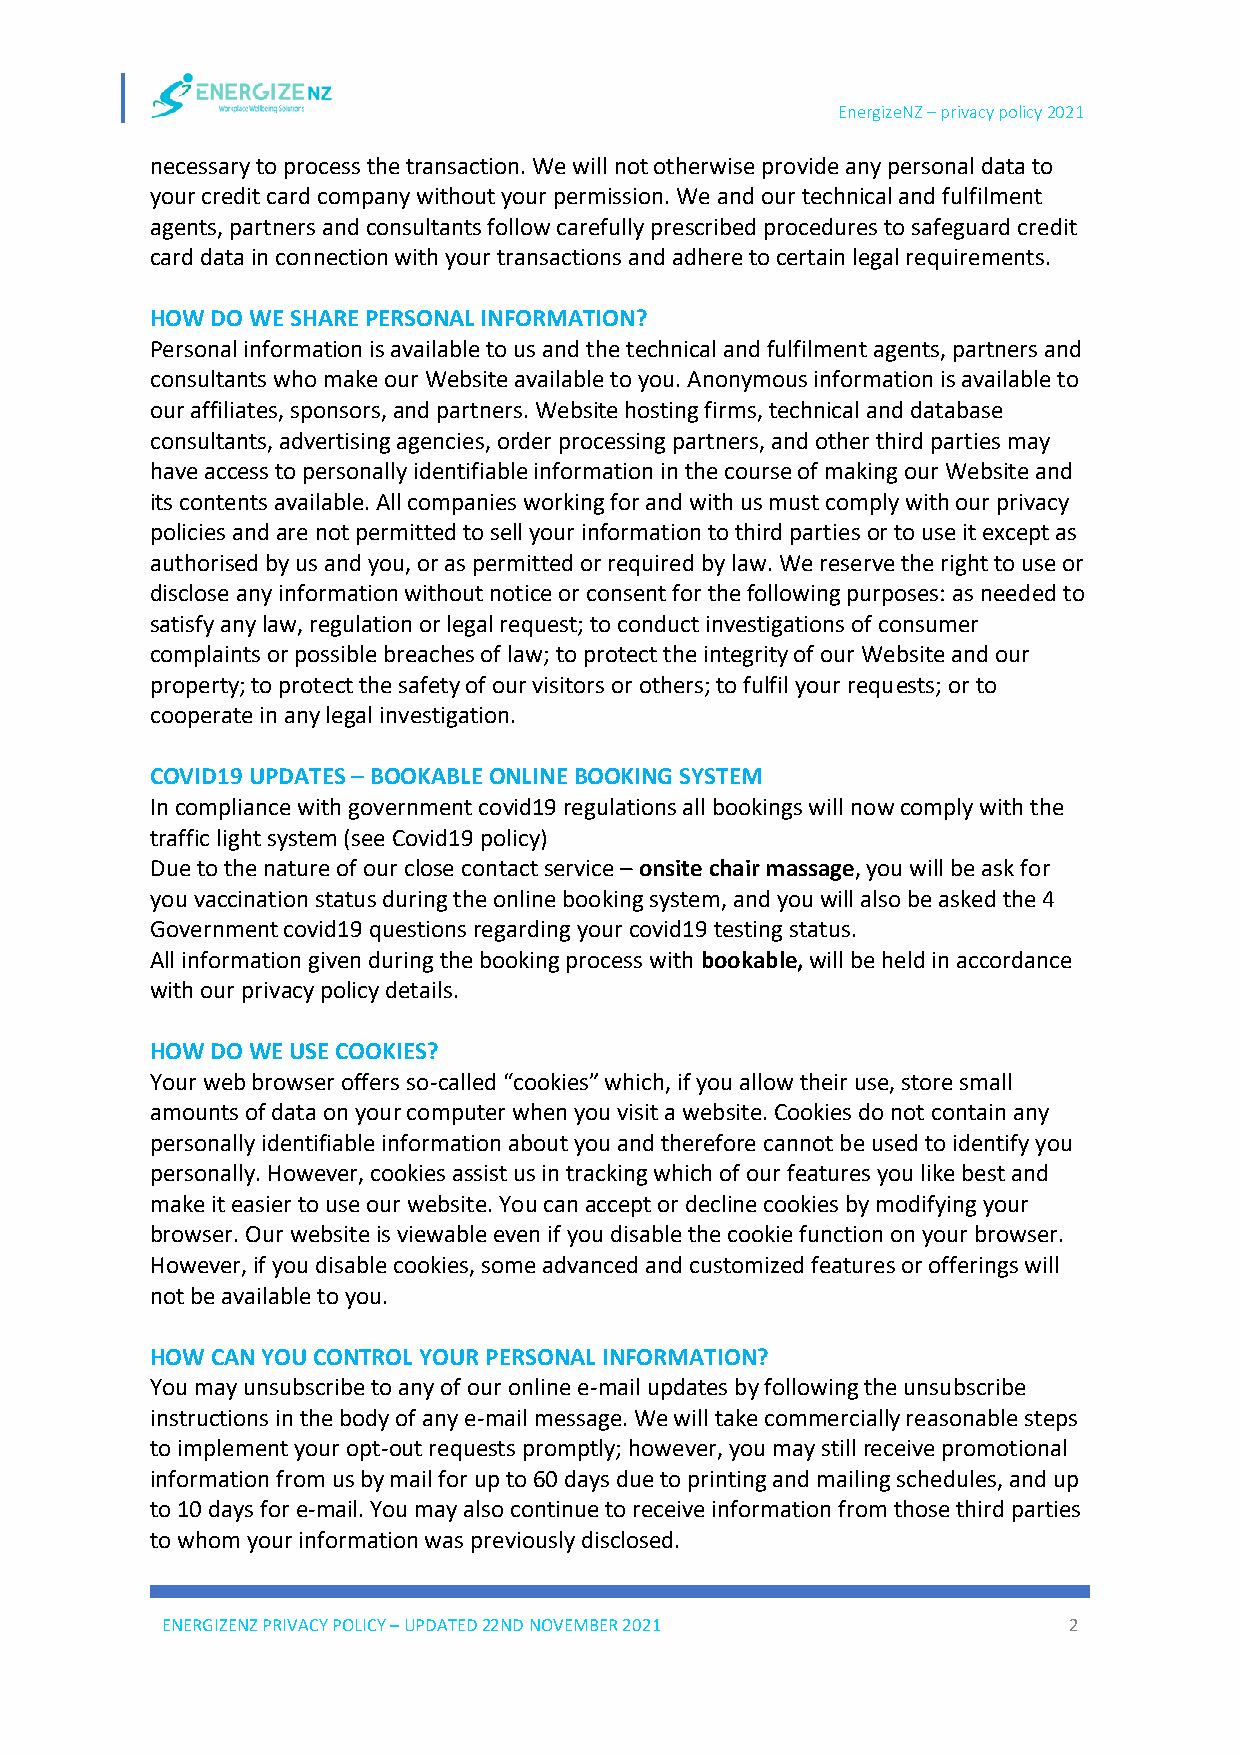
EnergizeNZ – privacy policy 2021
 necessary to process the transaction. We will not otherwise provide any personal data to
 your credit card company without your permission. We and our technical and fulfilment
 agents, partners and consultants follow carefully prescribed procedures to safeguard credit
 card data in connection with your transactions and adhere to certain legal requirements.
 HOW DO WE SHARE PERSONAL INFORMATION?
 Personal information is available to us and the technical and fulfilment agents, partners and
 consultants who make our Website available to you. Anonymous information is available to
 our affiliates, sponsors, and partners. Website hosting firms, technical and database
 consultants, advertising agencies, order processing partners, and other third parties may
 have access to personally identifiable information in the course of making our Website and
 its contents available. All companies working for and with us must comply with our privacy
 policies and are not permitted to sell your information to third parties or to use it except as
 authorised by us and you, or as permitted or required by law. We reserve the right to use or
 disclose any information without notice or consent for the following purposes: as needed to
 satisfy any law, regulation or legal request; to conduct investigations of consumer
 complaints or possible breaches of law; to protect the integrity of our Website and our
 property; to protect the safety of our visitors or others; to fulfil your requests; or to
 cooperate in any legal investigation.
 COVID19 UPDATES – BOOKABLE ONLINE BOOKING SYSTEM
 In compliance with government covid19 regulations all bookings will now comply with the
 traffic light system (see Covid19 policy)
 Due to the nature of our close contact service – onsite chair massage, you will be ask for
 you vaccination status during the online booking system, and you will also be asked the 4
 Government covid19 questions regarding your covid19 testing status.
 All information given during the booking process with bookable, will be held in accordance
 with our privacy policy details.
 HOW DO WE USE COOKIES?
 Your web browser offers so-called “cookies” which, if you allow their use, store small
 amounts of data on your computer when you visit a website. Cookies do not contain any
 personally identifiable information about you and therefore cannot be used to identify you
 personally. However, cookies assist us in tracking which of our features you like best and
 make it easier to use our website. You can accept or decline cookies by modifying your
 browser. Our website is viewable even if you disable the cookie function on your browser.
 However, if you disable cookies, some advanced and customized features or offerings will
 not be available to you.
 HOW CAN YOU CONTROL YOUR PERSONAL INFORMATION?
 You may unsubscribe to any of our online e-mail updates by following the unsubscribe
 instructions in the body of any e-mail message. We will take commercially reasonable steps
 to implement your opt-out requests promptly; however, you may still receive promotional
 information from us by mail for up to 60 days due to printing and mailing schedules, and up
 to 10 days for e-mail. You may also continue to receive information from those third parties
 to whom your information was previously disclosed.
 ENERGIZENZ PRIVACY POLICY – UPDATED 22ND NOVEMBER 2021      2